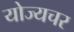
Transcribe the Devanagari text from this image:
योज्यचर